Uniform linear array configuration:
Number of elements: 64
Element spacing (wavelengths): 1
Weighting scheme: hann
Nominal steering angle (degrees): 0
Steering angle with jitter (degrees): -0.5995
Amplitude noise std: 0.05
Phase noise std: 0.05

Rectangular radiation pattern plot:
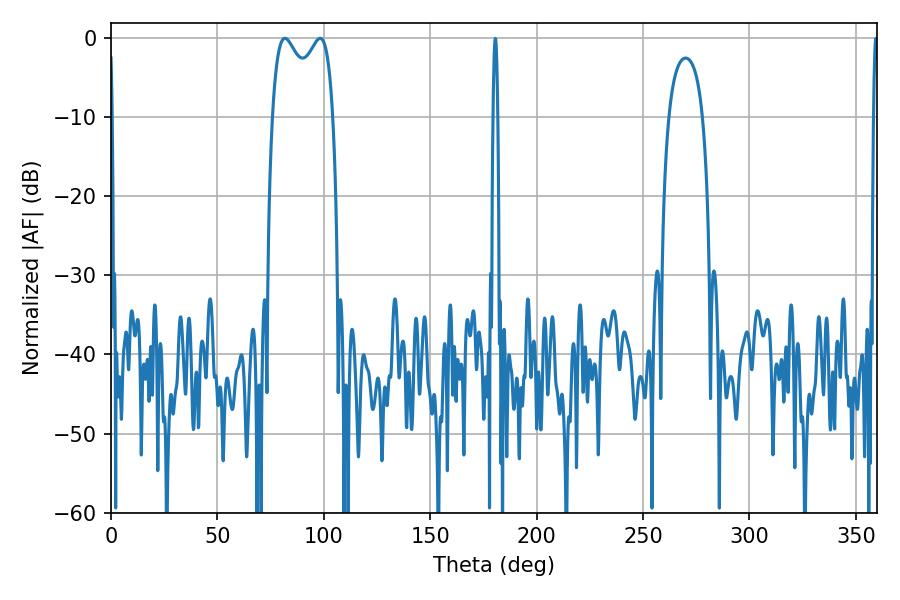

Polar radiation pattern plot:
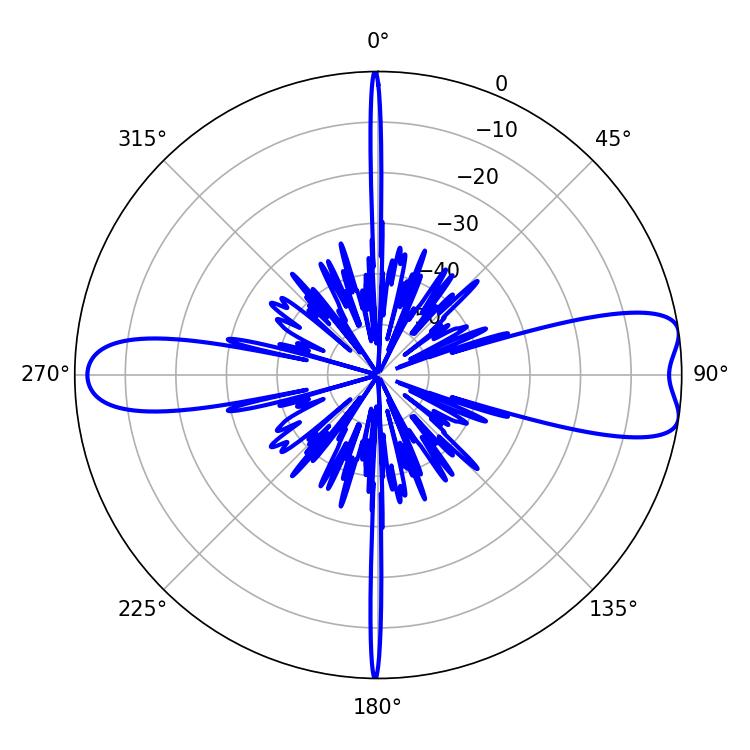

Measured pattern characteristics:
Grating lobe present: TRUE
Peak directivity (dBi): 9.287
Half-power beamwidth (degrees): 23.76
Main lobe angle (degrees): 81.72